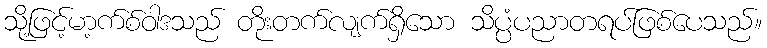
သို့ဖြင့်မာ့က်စ်ဝါဒသည် တိုးတက်လျက်ရှိသော သိပ္ပံပညာတရပ်ဖြစ်ပေသည်။